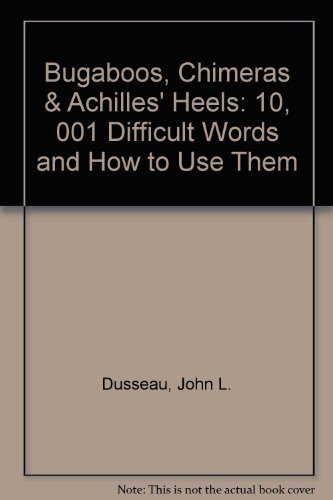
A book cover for Bugaboos, Chimeras & Achilles' Heels: 10,001 Difficult Words and How to Use Them; John L. Dusseau; Reference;